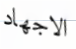
الاجهاد